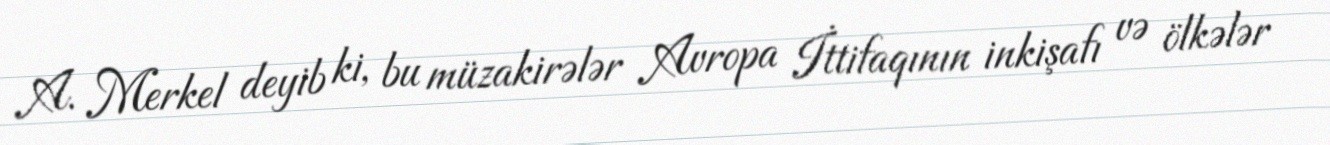
A. Merkel deyib ki, bu müzakirələr Avropa İttifaqının inkişafı və ölkələr